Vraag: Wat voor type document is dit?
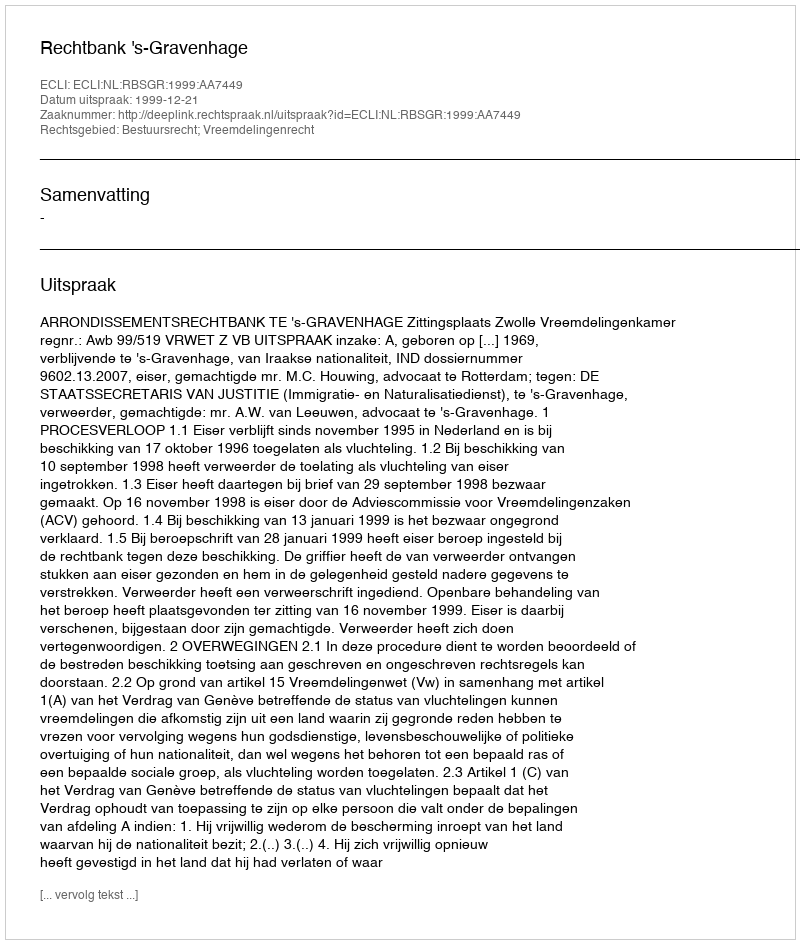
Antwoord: Uitspraak